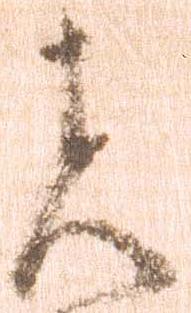
者